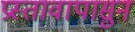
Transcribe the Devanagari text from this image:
प्रस्तावापासुन